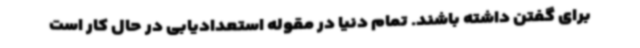
برای گفتن داشته باشند. تمام دنیا در مقوله استعدادیابی در حال کار است